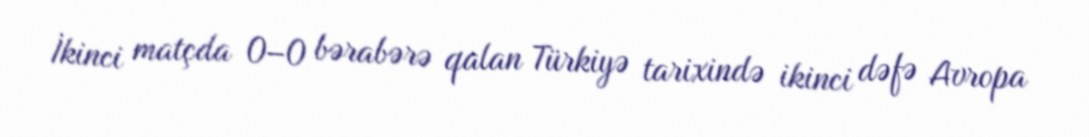
İkinci matçda 0–0 bərabərə qalan Türkiyə tarixində ikinci dəfə Avropa